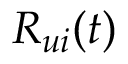
R _ { u i } ( t )